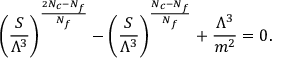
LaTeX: \biggl ( \frac { S } { \Lambda ^ { 3 } } \biggr ) ^ { \frac { 2 N _ { c } - N _ { f } } { N _ { f } } } - \biggl ( \frac { S } { \Lambda ^ { 3 } } \biggr ) ^ { \frac { N _ { c } - N _ { f } } { N _ { f } } } + \frac { \Lambda ^ { 3 } } { m ^ { 2 } } = 0 .